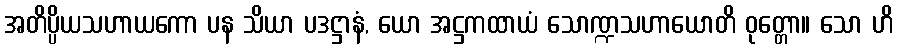
အတိပ္ပိယသဟာယကော ပန သိယာ ပဒဋ္ဌာနံ, ယော အဋ္ဌကထာယံ သောဏ္ဍသဟာယောတိ ဝုတ္တော။ သော ဟိ